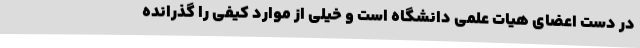
در دست اعضای هیات علمی دانشگاه است و خیلی از موارد کیفی را گذرانده